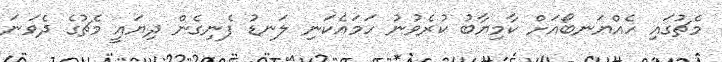
މެޗުގައި ހެއްޔަނބޯއަށް ކާމިޔާބު ކުރެވުނު ހަމައެކަނި ލަނޑު ފެނިގެން ދިޔައީ މެޗުގެ ދެވަނަ